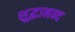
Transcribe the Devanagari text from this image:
शुद्धानन्द